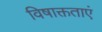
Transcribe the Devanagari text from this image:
विषाक्तताएं